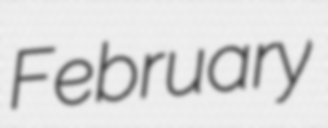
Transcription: February